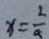
x = \frac { 2 } { a }